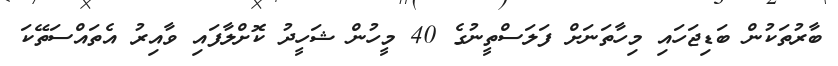
ބާރުތަކުން ބަޑިޖަހައި މިހާތަނަށް ފަލަސްތީނުގެ 40 މީހުން ޝަހީދު ކޮށްލާފައި ވާއިރު އެތައްސަތޭކަ